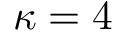
\kappa = 4